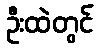
ဦးထဲတွင်